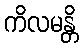
ကိလမန္တိ